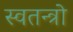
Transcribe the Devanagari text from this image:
स्वतन्त्रो